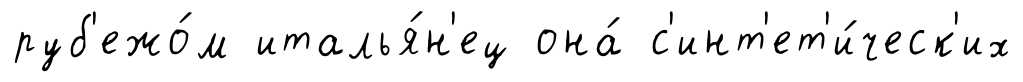
руб'ежо́м италья́н'ец она́ с'инт'ет'и́ческ'их